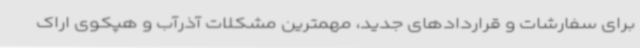
برای سفارشات و قراردادهای جدید، مهمترین مشکلات آذرآب و هپکوی اراک